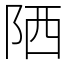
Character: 䧈